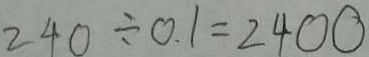
2 4 0 \div 0 . 1 = 2 4 0 0